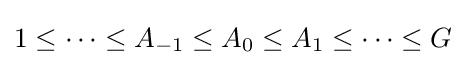
1\leq \cdots \leq A_{-1}\leq A_{0}\leq A_{1}\leq \cdots \leq G